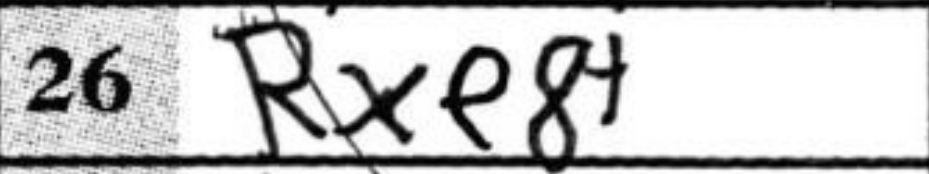
Transcription: Rxe8+